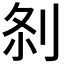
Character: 𠛴